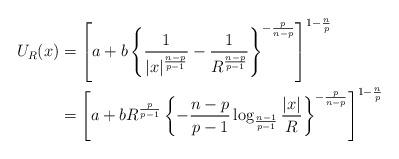
LaTeX: \begin{align*}\begin{aligned}U_R(x)&=\left[a+b\left\{\frac{1}{|x|^{\frac{n-p}{p-1}}}-\frac{1}{R^{\frac{n-p}{p-1}}}\right\}^{-\frac{p}{n-p}}\right]^{1-\frac{n}{p}}\\&=\left[a+bR^{\frac{p}{p-1}}\left\{-\frac{n-p}{p-1}\log_{\frac{n-1}{p-1}}\frac{|x|}{R}\right\}^{-\frac{p}{n-p}}\right]^{1-\frac{n}{p}}\end{aligned}\end{align*}